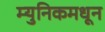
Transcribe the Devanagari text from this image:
म्युनिकमधून